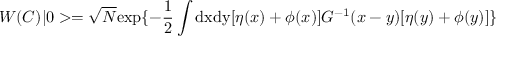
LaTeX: W ( C ) | 0 > = \sqrt N \mathrm { e x p } \{ - \frac { 1 } { 2 } \int \mathrm { d x d y } [ \eta ( x ) + \phi ( x ) ] G ^ { - 1 } ( x - y ) [ \eta ( y ) + \phi ( y ) ] \}